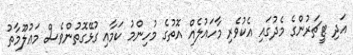
އަދި ޓީޗަރުންގެ މެދުގައި އެކުވެރި މާހައުލެއް އޮތުގެ މުހިންމު ކަމާއި ގުޅޭގޮތުންވެސް މަޢުލޫމާތު